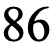
86